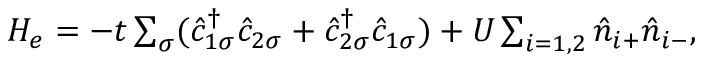
\begin{array} { r } { H _ { e } = - t \sum _ { \sigma } ( \hat { c } _ { 1 \sigma } ^ { \dagger } \hat { c } _ { 2 \sigma } + \hat { c } _ { 2 \sigma } ^ { \dagger } \hat { c } _ { 1 \sigma } ) + U \sum _ { i = 1 , 2 } \hat { n } _ { i + } \hat { n } _ { i - } , } \end{array}